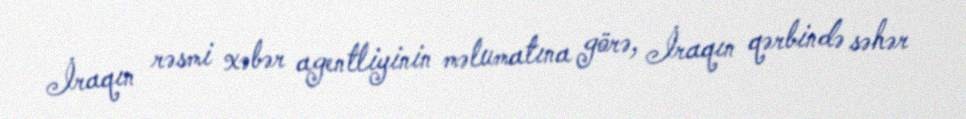
İraqın rəsmi xəbər agentliyinin məlumatına görə, İraqın qərbində səhər